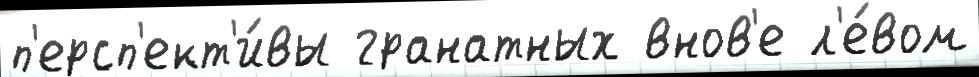
п'ерсп'ект'и́вы гранатных внов'е л'е́вом